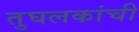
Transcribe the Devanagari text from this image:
तुघलकांची